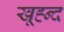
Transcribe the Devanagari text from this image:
खूह्न्द